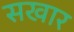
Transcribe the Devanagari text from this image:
सखार